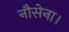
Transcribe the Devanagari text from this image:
नौसेना।